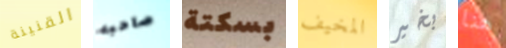
القنينة صاحبه بسكتة المخيف بخير هنا